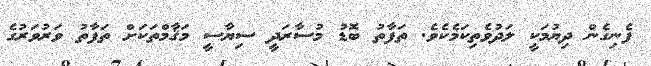
ފެނިގެން ދިޔުމަކީ ލަދުވެތިކަމެކެވެ. ތަފާތު ބޮޑު މުސާރަދީ ސިޔާސީ މަޤާމްތަކަށް ތަފާތު ވަރުވަރުގެ